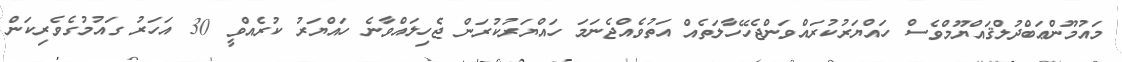
މައުމޫންޢަބްދުލްޤައްޔޫމްވެސް ހައްޔަރުކުރައްވަންޖެހޭހާލަތެއް އަތުވެއްޖެނަމަ ހައްޔަރުކުރަން ޖެހިލައްވާނެ ހައްޔަރު ކުރެއްވީ 30 އަހަރު ގައުމުގެވެރިކަން